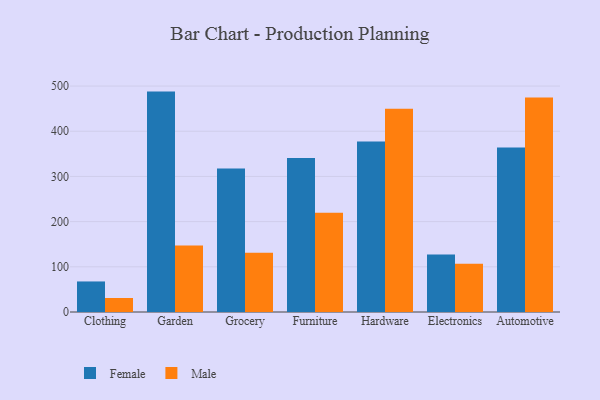
{"axis": {"x": "Category", "y": "Shipments"}, "legend": ["Female", "Male"], "data": [{"x": "Clothing", "y": 67.6, "type": "Female"}, {"x": "Clothing", "y": 31.0, "type": "Male"}, {"x": "Garden", "y": 487.7, "type": "Female"}, {"x": "Garden", "y": 147.1, "type": "Male"}, {"x": "Grocery", "y": 317.3, "type": "Female"}, {"x": "Grocery", "y": 131.0, "type": "Male"}, {"x": "Furniture", "y": 340.8, "type": "Female"}, {"x": "Furniture", "y": 219.4, "type": "Male"}, {"x": "Hardware", "y": 377.3, "type": "Female"}, {"x": "Hardware", "y": 449.6, "type": "Male"}, {"x": "Electronics", "y": 127.4, "type": "Female"}, {"x": "Electronics", "y": 106.8, "type": "Male"}, {"x": "Automotive", "y": 364.2, "type": "Female"}, {"x": "Automotive", "y": 474.8, "type": "Male"}]}